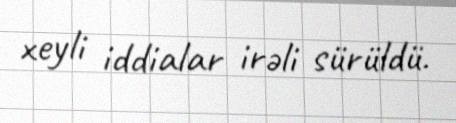
xeyli iddialar irəli sürüldü.